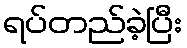
ရပ်တည်ခဲ့ပြီး